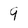
Character: 9